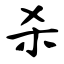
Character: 杀